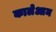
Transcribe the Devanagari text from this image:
कालेआम